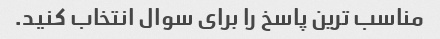
مناسب ترین پاسخ را برای سوال انتخاب کنید.